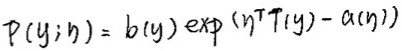
$P(y; \eta)=b(y)\exp(\eta^T T(y)-a(\eta))$